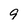
Character: 9